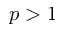
p > 1